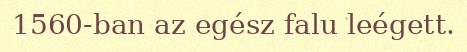
1560-ban az egész falu leégett.